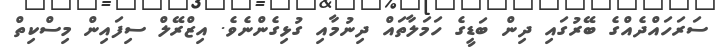
ސަރަހައްދެއްގެ ބޭރުގައި ދިން ބަޑީގެ ހަމަލާތައް ދިނުމާއި ގުޅިގެންނެވެ. އިޒްރޭލް ސިފައިން މިސްކިތް